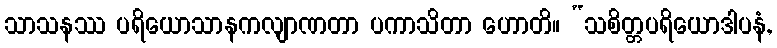
သာသနဿ ပရိယောသာနကလျာဏတာ ပကာသိတာ ဟောတိ။ “သစိတ္တပရိယောဒါပနံ,